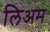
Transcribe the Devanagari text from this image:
लिअम